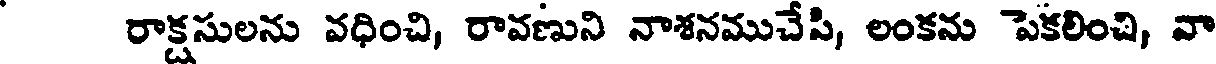
రాక్షసులను వధించి, రావణుని నాశనముచేసి, లంకను పెకలించి, వా